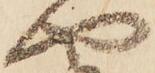
や